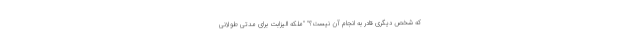
که شخص دیگری قادر به انجام آن نیست؟" "ملکه الیزابت برای مدتی طولانی